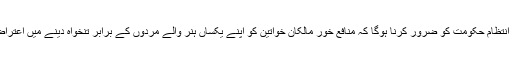
البتہ اس بات کا انتظام حکومت کو ضرور کرنا ہوگا کہ منافع خور مالکان خواتین کو اپنے یکساں ہنر والے مردوں کے برابر تنخواہ دینے میں اعتراض نہ کر سکیں۔